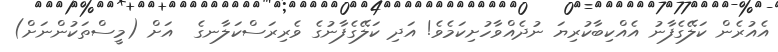
އެއުރެން ކަލޭގެފާނު އެއްކިބާކުރިޔަ ނުދެއްވާހުށިކަމެވެ! އަދި ކަލޭގެފާނުގެ ވެރިރަސްކަލާނގެ  އަށް (މީސްތަކުންނަށް)